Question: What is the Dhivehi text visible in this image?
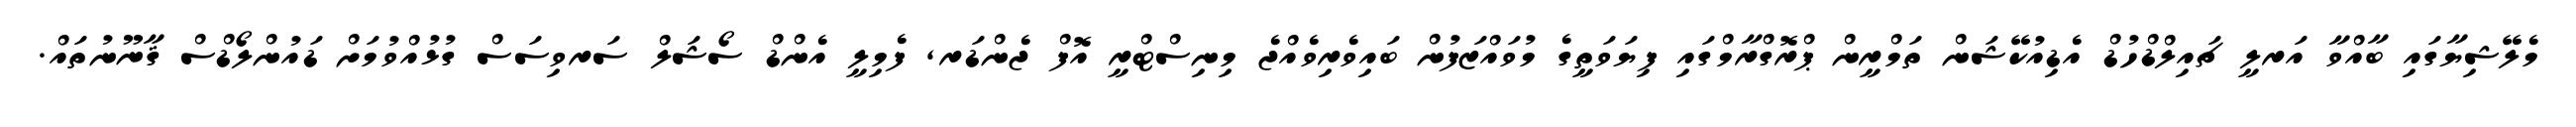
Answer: މެލޭޝިޔާގައި ބާއްވާ އަރލީ ޗައިލްޑްހުޑް އެޑިއުކޭޝަން ތަމްރީން ޕްރޮގްރާމްގައި ފިޔަވަތީގެ މުވައްޒަފުން ބައިވެރިވެއްޖެ މިނިސްޓްރީ އޮފް ޖެންޑަރ, ފެމިލީ އެންޑް ސޯޝަލް ސަރވިސަސް ގުޅުއްވުމަށް ޑައުންލޯޑްސް ޤާނޫނުތައް.